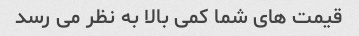
قیمت های شما کمی بالا به نظر می رسد